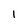
Character: I